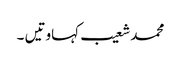
محمد شعیب	کہاوتیں ۔